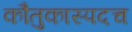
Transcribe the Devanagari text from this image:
कौतुकास्पदच